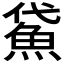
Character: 𩶕